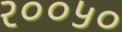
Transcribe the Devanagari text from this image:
२००५०